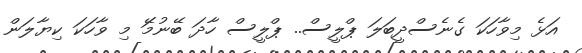
އަޅެ މިވާހަކަ ގެނެސްދީބަލަ ޕްލީސް.. ޕްލީސް ހާދަ ބޭނުމަޭ މި ވާހަކަ ކިޔާލަން